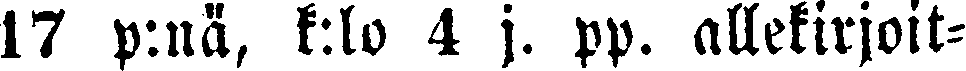
17 p:nä, k:lo 4 j. pp. allekirjoit-